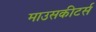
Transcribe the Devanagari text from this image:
माउसकीटर्स